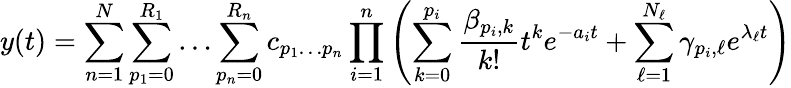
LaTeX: y(t)=\sum_{n=1}^{N}\sum_{p_{1}=0}^{R_{1}}\ldots\sum_{p_{n}=0}^{R_{n}}c_{p_{1}\ldots p_{n}}\prod_{i=1}^{n}\left(\sum_{k=0}^{p_{i}}\frac{\beta_{p_{i},k}}{k!}t^{k}e^{-a_{i}t}+\sum_{\ell=1}^{N_{\ell}}\gamma_{p_{i},\ell}e^{\lambda_{\ell}t}\right)